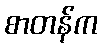
စာတန်က